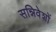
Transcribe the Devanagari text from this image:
सन्निवेशों